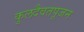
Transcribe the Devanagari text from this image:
कुलदैवतपूजन